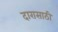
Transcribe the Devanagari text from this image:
दारासाठी